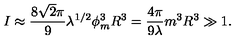
I \approx { \frac { 8 \sqrt { 2 } \pi } { 9 } } \lambda ^ { 1 / 2 } \phi _ { m } ^ { 3 } R ^ { 3 } = { \frac { 4 \pi } { 9 \lambda } } m ^ { 3 } R ^ { 3 } \gg 1 .